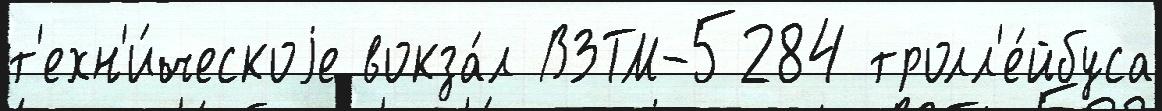
т'ехн'и́ческоjе вокза́л ВЗТМ-5284 тролл'е́йбуса